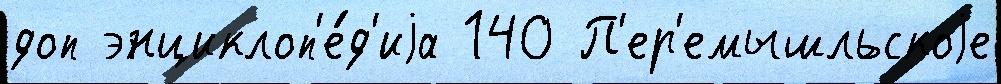
доп энциклоп'е́д'иjа 140 П'ер'емышльскоjе